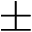
\pm